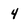
Character: 4